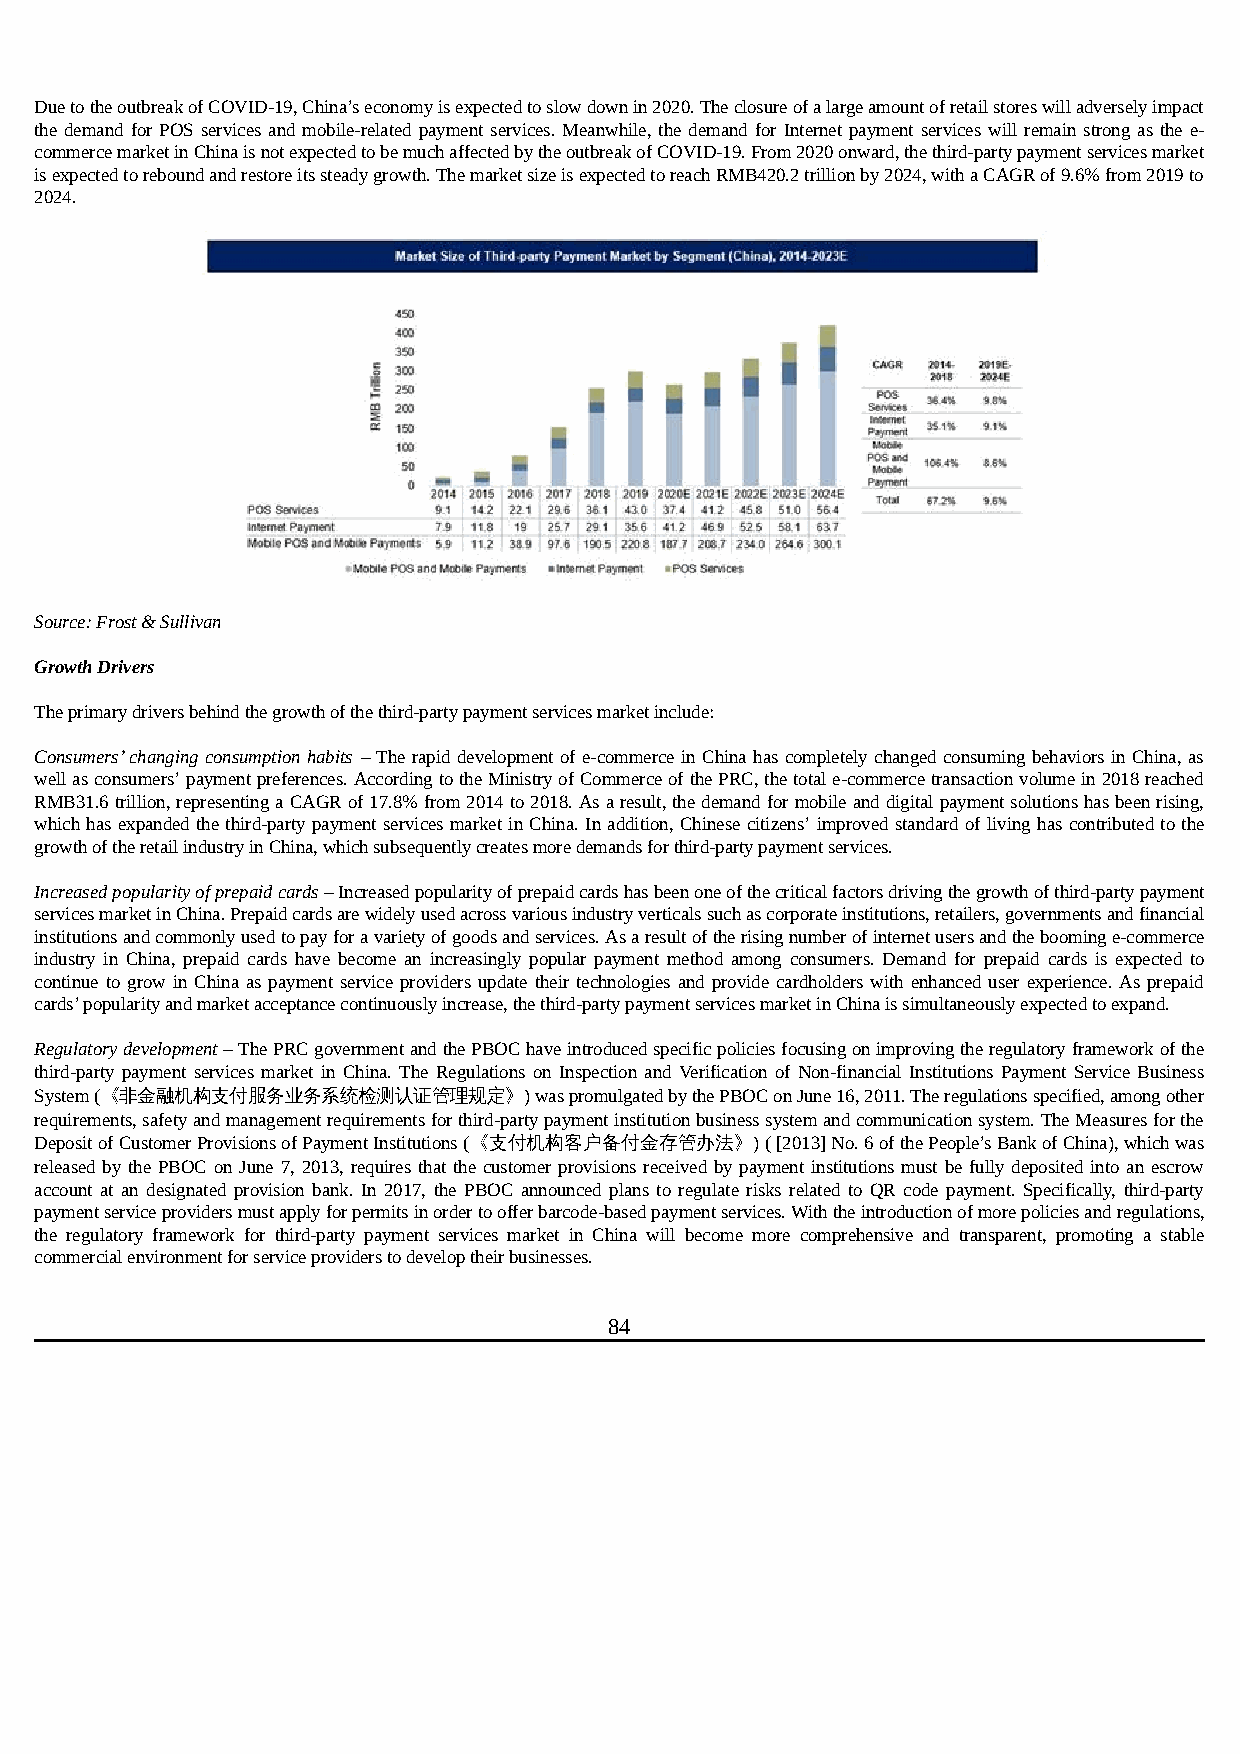
Due to the outbreak of COVID-19, China’s economy is expected to slow down in 2020. The closure of a large amount of retail stores will adversely impact
 the demand for POS services and mobile-related payment services. Meanwhile, the demand for Internet payment services will remain strong as the e-
 commerce market in China is not expected to be much affected by the outbreak of COVID-19. From 2020 onward, the third-party payment services market
 is expected to rebound and restore its steady growth. The market size is expected to reach RMB420.2 trillion by 2024, with a CAGR of 9.6% from 2019 to
 2024.
 Source: Frost & Sullivan
 Growth Drivers
 The primary drivers behind the growth of the third-party payment services market include:
 Consumers’ changing consumption habits – The rapid development of e-commerce in China has completely changed consuming behaviors in China, as
 well as consumers’ payment preferences. According to the Ministry of Commerce of the PRC, the total e-commerce transaction volume in 2018 reached
 RMB31.6 trillion, representing a CAGR of 17.8% from 2014 to 2018. As a result, the demand for mobile and digital payment solutions has been rising,
 which has expanded the third-party payment services market in China. In addition, Chinese citizens’ improved standard of living has contributed to the
 growth of the retail industry in China, which subsequently creates more demands for third-party payment services.
 Increased popularity of prepaid cards – Increased popularity of prepaid cards has been one of the critical factors driving the growth of third-party payment
 services market in China. Prepaid cards are widely used across various industry verticals such as corporate institutions, retailers, governments and financial
 institutions and commonly used to pay for a variety of goods and services. As a result of the rising number of internet users and the booming e-commerce
 industry in China, prepaid cards have become an increasingly popular payment method among consumers. Demand for prepaid cards is expected to
 continue to grow in China as payment service providers update their technologies and provide cardholders with enhanced user experience. As prepaid
 cards’ popularity and market acceptance continuously increase, the third-party payment services market in China is simultaneously expected to expand.
 Regulatory development – The PRC government and the PBOC have introduced specific policies focusing on improving the regulatory framework of the
 third-party payment services market in China. The Regulations on Inspection and Verification of Non-financial Institutions Payment Service Business
 System (《非金融机构支付服务业务系统检测认证管理规定》) was promulgated by the PBOC on June 16, 2011. The regulations specified, among other
 requirements, safety and management requirements for third-party payment institution business system and communication system. The Measures for the
 Deposit of Customer Provisions of Payment Institutions (《支付机构客户备付金存管办法》) ( [2013] No. 6 of the People’s Bank of China), which was
 released by the PBOC on June 7, 2013, requires that the customer provisions received by payment institutions must be fully deposited into an escrow
 account at an designated provision bank. In 2017, the PBOC announced plans to regulate risks related to QR code payment. Specifically, third-party
 payment service providers must apply for permits in order to offer barcode-based payment services. With the introduction of more policies and regulations,
 the regulatory framework for third-party payment services market in China will become more comprehensive and transparent, promoting a stable
 commercial environment for service providers to develop their businesses.
 84